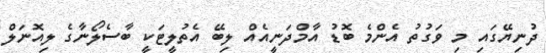
ދުނިޔޭގައި މި ވަގުތު އެންމެ ބޮޑު އާމްދަނީއެއް ލިބޭ އެތުލީޓަކީ ބާސެލޯނާގެ ލިއޮނަލް